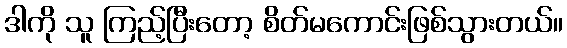
ဒါကို သူ ကြည့်ပြီးတော့ စိတ်မကောင်းဖြစ်သွားတယ်။